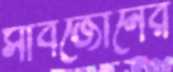
সাবজোনের